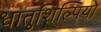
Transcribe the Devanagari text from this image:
धातुशिल्पियों